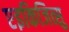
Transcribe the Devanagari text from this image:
एइकिजित्सु